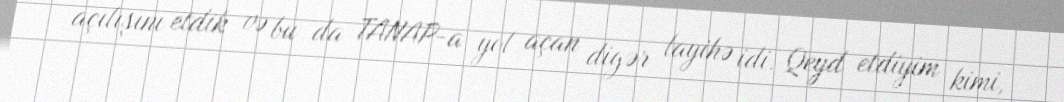
açılışını etdik və bu da TANAP-a yol açan digər layihə idi. Qeyd etdiyim kimi,